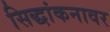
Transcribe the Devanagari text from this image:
सिद्धांकनावर